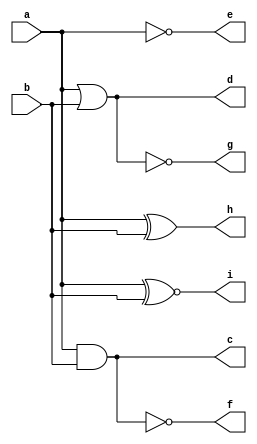
module gates (c,d,e,f,g,h,i,a,b);
	input a,b;
	output reg c,d,e,f,g,h,i;
	always@(a,b)
	begin
		c <= a & b;
		d <= a | b;
		e <= ~a;
		f <= a ~& b;
		g <= a ~| b;
		h <= a ^ b;
		i <= a ~^ b;
	end
endmodule